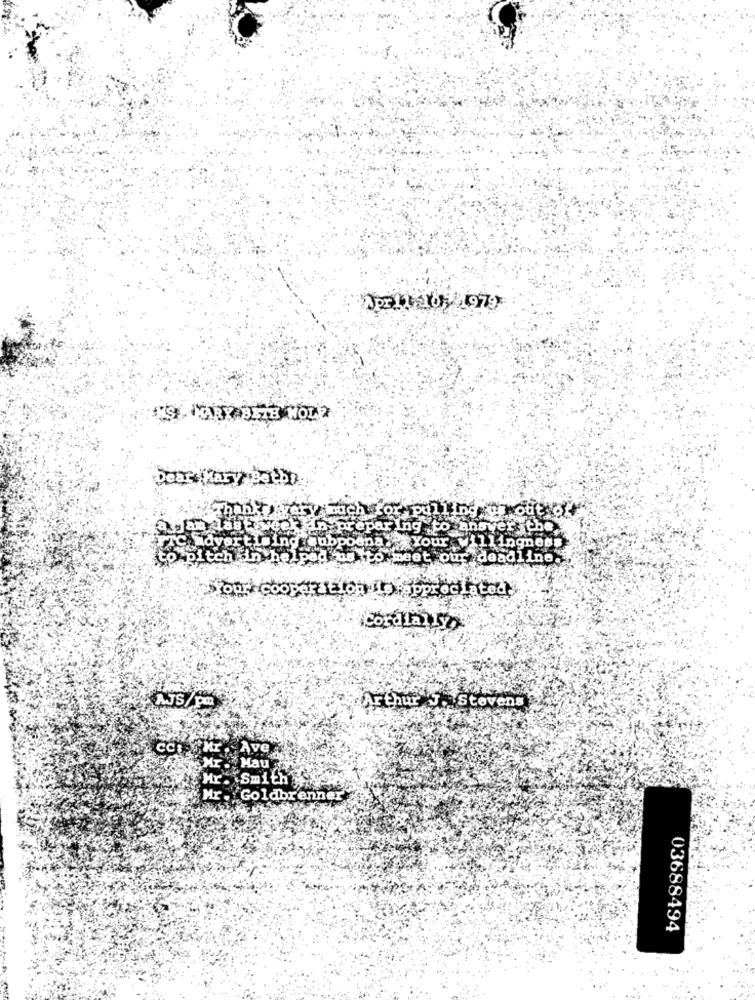
Apr11 105 1979
Dear (Zary Betby
x pulling
prepar Ing .to
PTC advert Lathe
Your
llingness
pitch in h
to meet our deadline.
Your cooperation pmappreciated.
Cordially
AJS/Pm
Arthur J. Stevens
CCI Mr . Ave
Mr Mau
Hr Smith
Mr. Goldbrenner
03688494